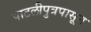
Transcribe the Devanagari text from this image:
पाटलीपुत्रपासून